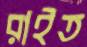
রাইত